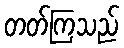
တတ်ကြသည်